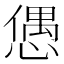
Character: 𢠙